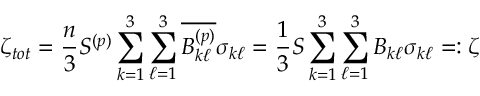
\zeta _ { t o t } = \frac { n } { 3 } S ^ { ( p ) } \sum _ { k = 1 } ^ { 3 } \sum _ { \ell = 1 } ^ { 3 } \overline { { B _ { k \ell } ^ { ( p ) } } } \sigma _ { k \ell } = \frac { 1 } { 3 } S \sum _ { k = 1 } ^ { 3 } \sum _ { \ell = 1 } ^ { 3 } B _ { k \ell } \sigma _ { k \ell } = : \zeta